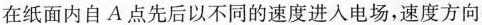
在纸面内自A点先后以不同的速度进入电场，速度方向